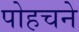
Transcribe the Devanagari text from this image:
पोहचने